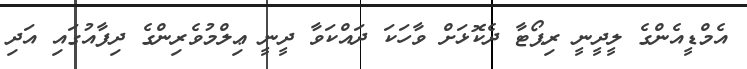
އެމްޑީއެންގެ ލީދީނީ ރިޕޯޓާ ދެކޮޅަށް ވާހަކަ ދައްކަވާ ދީނީ ޢިލްމުވެރިންގެ ދިފާއުގައި އަދި